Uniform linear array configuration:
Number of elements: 24
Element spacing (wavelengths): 0.5
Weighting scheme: cosine
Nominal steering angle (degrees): -60
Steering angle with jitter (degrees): -59.896
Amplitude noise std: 0.05
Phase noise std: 0.05

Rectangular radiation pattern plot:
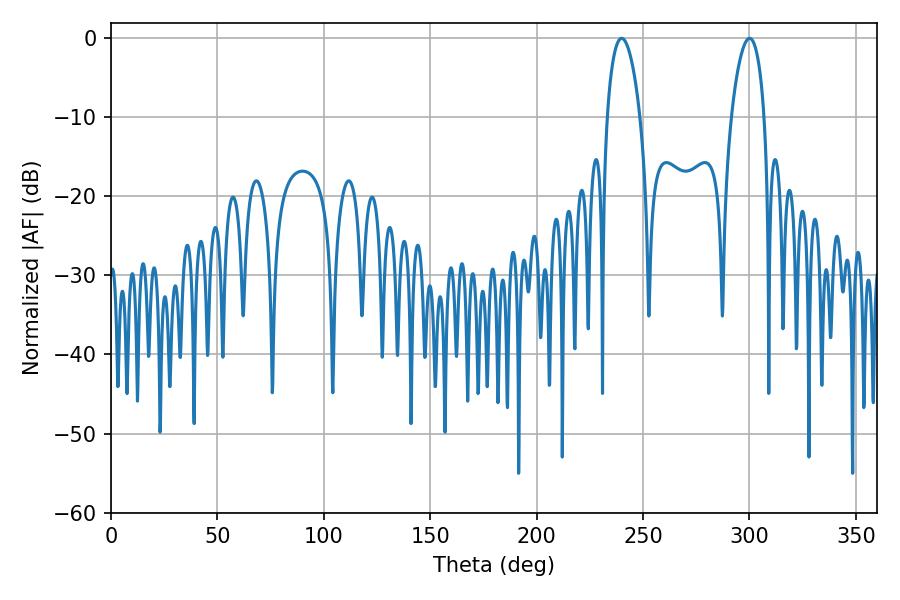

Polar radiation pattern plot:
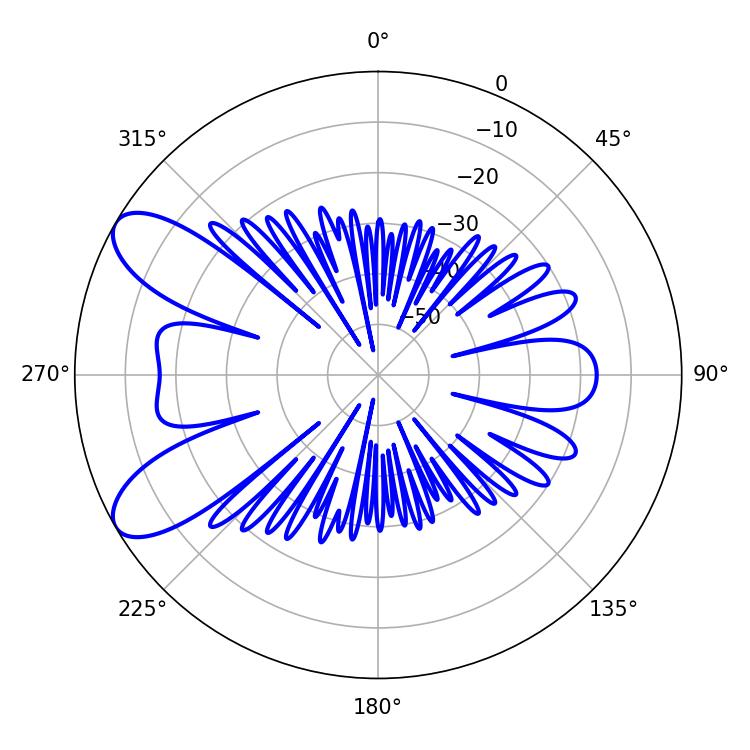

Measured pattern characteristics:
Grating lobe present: FALSE
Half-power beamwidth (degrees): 8.82
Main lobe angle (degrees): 239.94